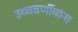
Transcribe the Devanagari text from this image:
उच्चवर्णीयांना